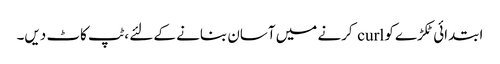
ابتدائی ٹکڑے کو curl کرنے میں آسان بنانے کے لئے ، ٹپ کاٹ دیں۔